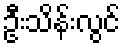
ဦးသိန်းလွင်